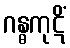
ဂန္ဓကုဋိံ